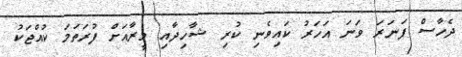
ދެހާސް ފަނަރަ ވަނަ އަހަރު ކައިވެނި ކުރި ޝާހިދާއި މީރާއަށް ފުރަތަމަ ކުއްޖަކު